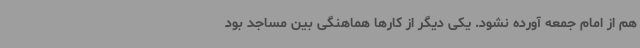
هم از امام جمعه آورده نشود. یکی دیگر از کارها هماهنگی بین مساجد بود